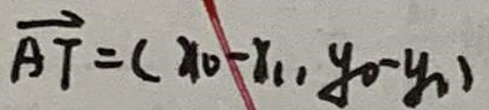
\(\overrightarrow{AT}=(x_0 - x_1,y_0 - y_1)\)